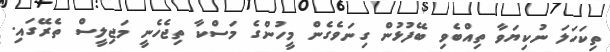
ތިކަހަލަ ނުކިޔަވާ ތިއްބެވި ބޭފުޅުން ގިނަވެގެން މީހުންގެ މަސްކާ ތިޖެހެނީ މަޖިލީސް ތެރޭގައި.